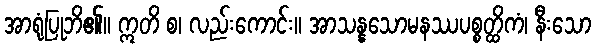
အာရုံပြုဘိ၏။ ဣတိ စ၊ လည်းကောင်း။ အာသန္နသောမနဿပစ္စတ္ထိကံ၊ နီးသော